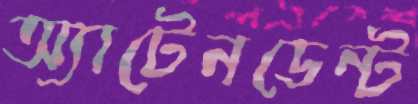
অ্যাটেনডেন্ট